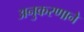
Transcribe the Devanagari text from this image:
अनुकरणाने